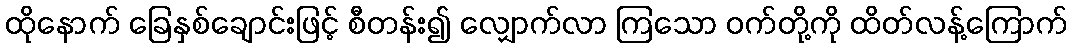
ထိုနောက် ခြေနှစ်ချောင်းဖြင့် စီတန်း၍ လျှောက်လာ ကြသော ဝက်တို့ကို ထိတ်လန့်ကြောက်